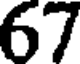
67